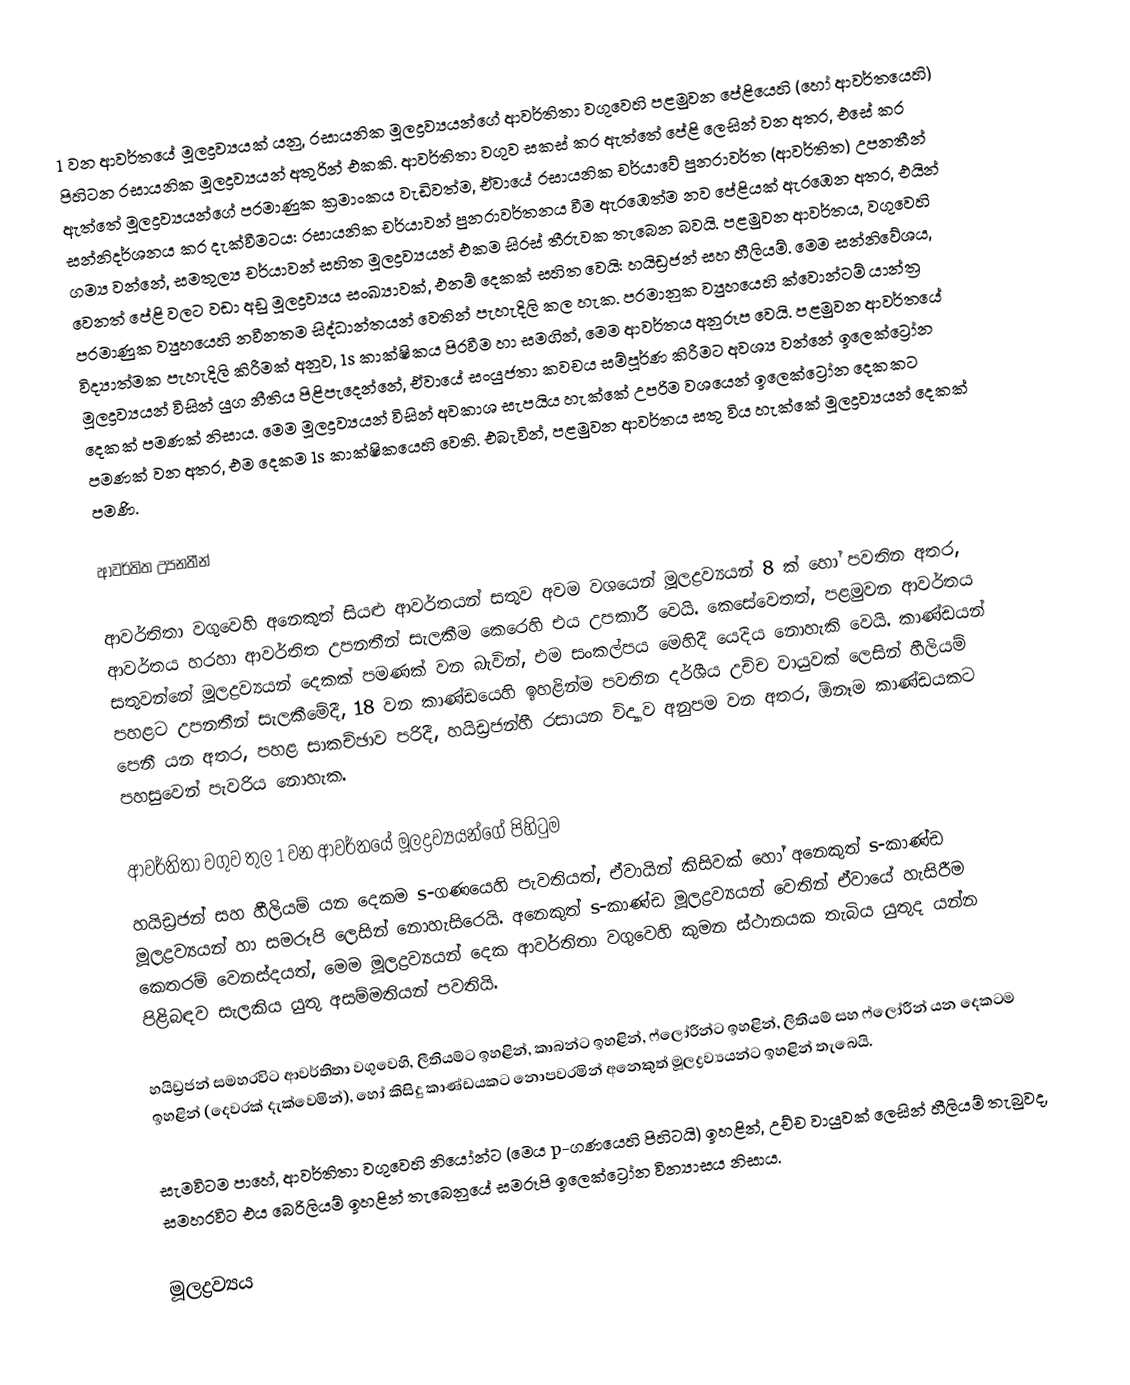
1 වන ආවර්තයේ මූලද්‍රව්‍යයක් යනු, රසායනික මූලද්‍රව්‍යයන්ගේ ආවර්තිතා වගුවෙහි පළමුවන පේළියෙහි (හෝ ආවර්තයෙහි) පිහිටන රසායනික මූලද්‍රව්‍යයන් අතුරින් එකකි. ආවර්තිතා වගුව සකස් කර ඇත්තේ පේළි ලෙසින් වන අතර, එසේ කර ඇත්තේ මූලද්‍රව්‍යයන්ගේ පරමාණුක ක්‍රමාංකය වැඩිවත්ම, ඒවායේ රසායනික චර්යාවේ පුනරාවර්ත (ආවර්තිත)  උපනතීන් සන්නිදර්ශනය කර දැක්වීමටය: රසායනික චර්යාවන් පුනරාවර්තනය වීම ඇරඹෙත්ම නව පේළියක් ඇරඹෙන අතර, එයින් ගම්‍ය වන්නේ, සමතුල්‍ය චර්යාවන් සහිත මූලද්‍රව්‍යයන් එකම සිරස් තීරුවක තැබෙන බවයි. පළමුවන ආවර්තය, වගුවෙහි වෙනත් පේළි වලට වඩා අඩු මූලද්‍රව්‍යය සංඛ්‍යාවක්, එනම් දෙකක් සහිත වෙයි: හයිඩ්‍රජන් සහ හීලියම්. මෙම සන්නිවේශය,  පරමාණුක ව්‍යුහයෙහි නවීනතම සිද්ධාන්තයන් වෙතින් පැහැදිලි කල හැක. පරමානුක ව්‍යුහයෙහි ක්වොන්ටම් යාන්ත්‍ර විද්‍යාත්මක පැහැදිලි කිරීමක් අනුව, 1s කාක්ෂිකය පිරවීම හා සමගින්,  මෙම ආවර්තය අනුරූප වෙයි. පළමුවන ආවර්තයේ මූලද්‍රව්‍යයන් විසින්  යුග නීතිය පිළිපැදෙන්නේ, ඒවායේ සංයුජතා කවචය සම්පූර්ණ කිරීමට අවශ්‍ය වන්නේ ඉලෙක්ට්‍රෝන දෙකක් පමණක් නිසාය. මෙම මූලද්‍රව්‍යයන් විසින් අවකාශ සැපයිය හැක්කේ උපරිම වශයෙන් ඉලෙක්ට්‍රෝන දෙකකට පමණක් වන අතර,  එම දෙකම 1s කාක්ෂිකයෙහි වෙති. එබැවින්, පළමුවන ආවර්තය සතු විය හැක්කේ මූලද්‍රව්‍යයන් දෙකක් පමණි.

ආවර්තිත උපනතීන්

ආවර්තිතා වගුවෙහි අනෙකුත් සියළු ආවර්තයන් සතුව අවම වශයෙන් මූලද්‍රව්‍යයන් 8 ක් හෝ පවතින අතර, ආවර්තය හරහා ආවර්තිත උපනතීන්  සැලකීම කෙරෙහි එය උපකාරී වෙයි. කෙසේවෙතත්, පළමුවන ආවර්තය සතුවන්නේ මූලද්‍රව්‍යයන් දෙකක් පමණක් වන බැවින්, එම සංකල්පය මෙහිදී යෙදිය නොහැකි වෙයි. කාණ්ඩයන් පහළට උපනතීන් සැලකීමේදී, 18 වන කාණ්ඩයෙහි ඉහළින්ම පවතින දර්ශීය උච්ච වායුවක් ලෙසින් හීලියම් පෙනී යන අතර, පහළ සාකච්ඡාව පරිදී, හයිඩ්‍රජන්හී රසායන විද්‍යාව අනුපම වන අතර, ඕනෑම කාණ්ඩයකට පහසුවෙන් පැවරිය නොහැක.

ආවර්තිතා වගුව තුල 1 වන ආවර්තයේ මූලද්‍රව්‍යයන්ගේ පිහිටුම
හයිඩ්‍රජන් සහ හීලියම් යන දෙකම  s-ගණයෙහි පැවතියත්, ඒවායින් කිසිවක් හෝ අනෙකුත් s-කාණ්ඩ මූලද්‍රව්‍යයන් හා සමරූපි ලෙසින් නොහැසිරෙයි. අනෙකුත් s-කාණ්ඩ මූලද්‍රව්‍යයන් වෙතින් ඒවායේ හැසිරීම කෙතරම් වෙනස්දයත්,  මෙම මූලද්‍රව්‍යයන් දෙක ආවර්තිතා වගුවෙහි කුමන ස්ථානයක තැබිය යුතුද යන්න පිළිබඳව සැලකිය යුතු අසම්මතියන් පවතියි.

හයිඩ්‍රජන් සමහරවිට  ආවර්තිතා වගුවෙහි,  ලීතියම්ට ඉහළින්, කාබන්ට ඉහළින්, ෆ්ලෝරීන්ට ඉහළින්, ලිතියම් සහ ෆ්ලෝරීන් යන දෙකටම ඉහළින් (දෙවරක් දැක්වෙමින්), හෝ කිසිදු කාණ්ඩයකට නොපවරමින්  අනෙකුත් මූලද්‍රව්‍යයන්ට ඉහළින්  තැබෙයි.

සැමවිටම පාහේ, ආවර්තිතා වගුවෙහි  නියෝන්ට (මෙය  p-ගණයෙහි පිහිටයි) ඉහළින්,  උච්ච වායුවක් ලෙසින් හීලියම් තැබුවද, සමහරවිට එය බෙරිලියම් ඉහළින් තැබෙනුයේ සමරූපි ඉලෙක්ට්‍රෝන වින්‍යාසය නිසාය.

මූලද්‍රව්‍යය